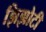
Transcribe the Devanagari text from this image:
झिझोटी